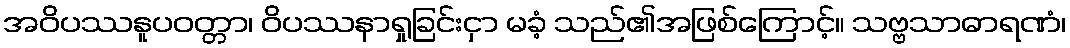
အဝိပဿနူပဝတ္တာ၊ ဝိပဿနာရှုခြင်းငှာ မခံ့ သည်၏အဖြစ်ကြောင့်။ သဗ္ဗသာဓာရဏံ၊